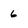
Character: 6